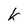
Character: k